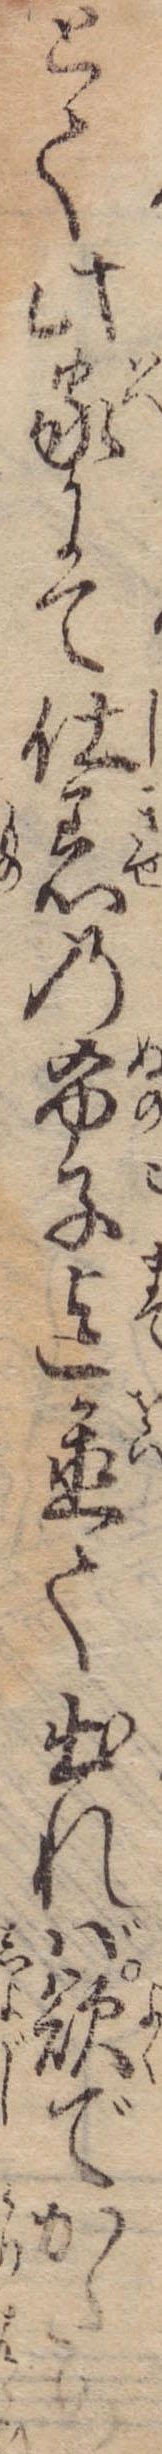
とて此家にて仕着の布子迄置て出れば欲でかため